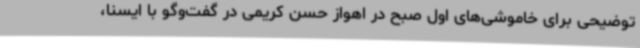
توضیحی برای خاموشی‌های اول صبح در اهواز حسن کریمی در گفت‌وگو با ایسنا،